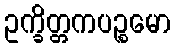
ဥက္ခိတ္တကပဉ္စမော